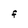
Character: F